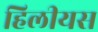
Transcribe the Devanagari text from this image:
हिलीयस